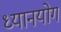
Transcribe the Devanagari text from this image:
ध्यानयोगं